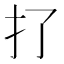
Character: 𢩪